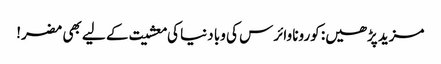
مزید پڑھیں: کورونا وائرس کی وبا دنیا کی معشیت کے لیے بھی مضر!